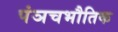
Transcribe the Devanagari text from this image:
पंञचभौतिक